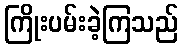
ကြိုးပမ်းခဲ့ကြသည်